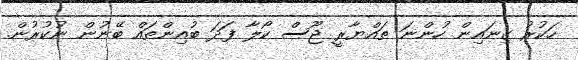
ހަކުރު ގިނައިން ހުންނަ ތައްޔާރީ ޖޫސް ކޯލާ ފަދަ ބުއިންތައް ބޭނުން ނުކުރުން.